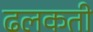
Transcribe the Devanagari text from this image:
ढलकती